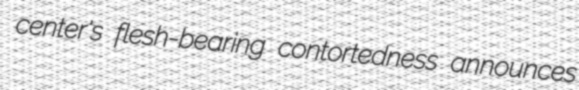
center's flesh-bearing contortedness announces